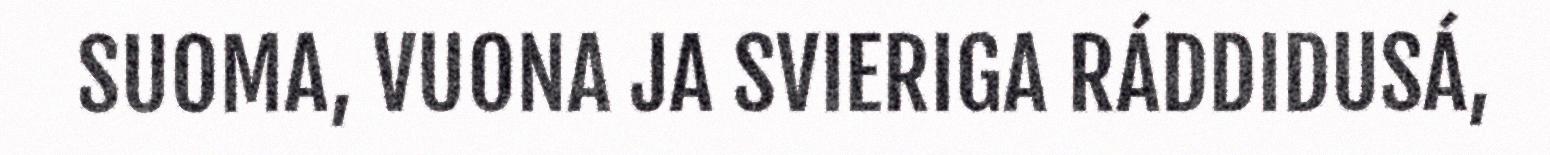
SUOMA, VUONA JA SVIERIGA RÁDDIDUSÁ,